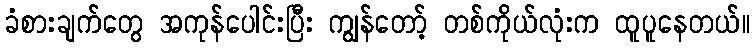
ခံစားချက်တွေ အကုန်ပေါင်းပြီး ကျွန်တော့် တစ်ကိုယ်လုံးက ထူပူနေတယ်။